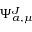
\Psi _ { a , \mu } ^ { J }